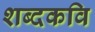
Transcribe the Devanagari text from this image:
शब्दकवि